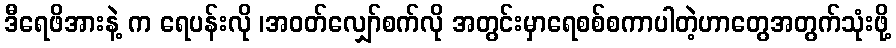
ဒီရေဖိအားနဲ့ က ရေပန်းလို ၊အဝတ်လျှော်စက်လို အတွင်းမှာရေစစ်စကာပါတဲ့ဟာတွေအတွက်သုံးဖို့